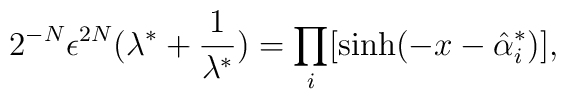
2^{-N}\epsilon^{2N}(\lambda^{*}+\frac{1}{\lambda^{*}})=\prod_{i}[\sinh(-x-\hat{\alpha}_{i}^{*})],